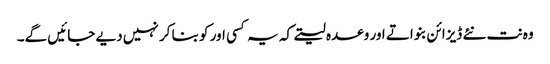
وہ نت نئے ڈیزائن بنواتے اور وعدہ لیتے کہ یہ کسی اور کو بنا کر نہیں دیے جائیں گے۔